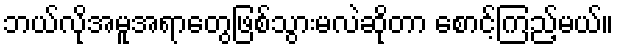
ဘယ်လိုအမူအရာတွေဖြစ်သွားမလဲဆိုတာ စောင့်ကြည့်မယ်။